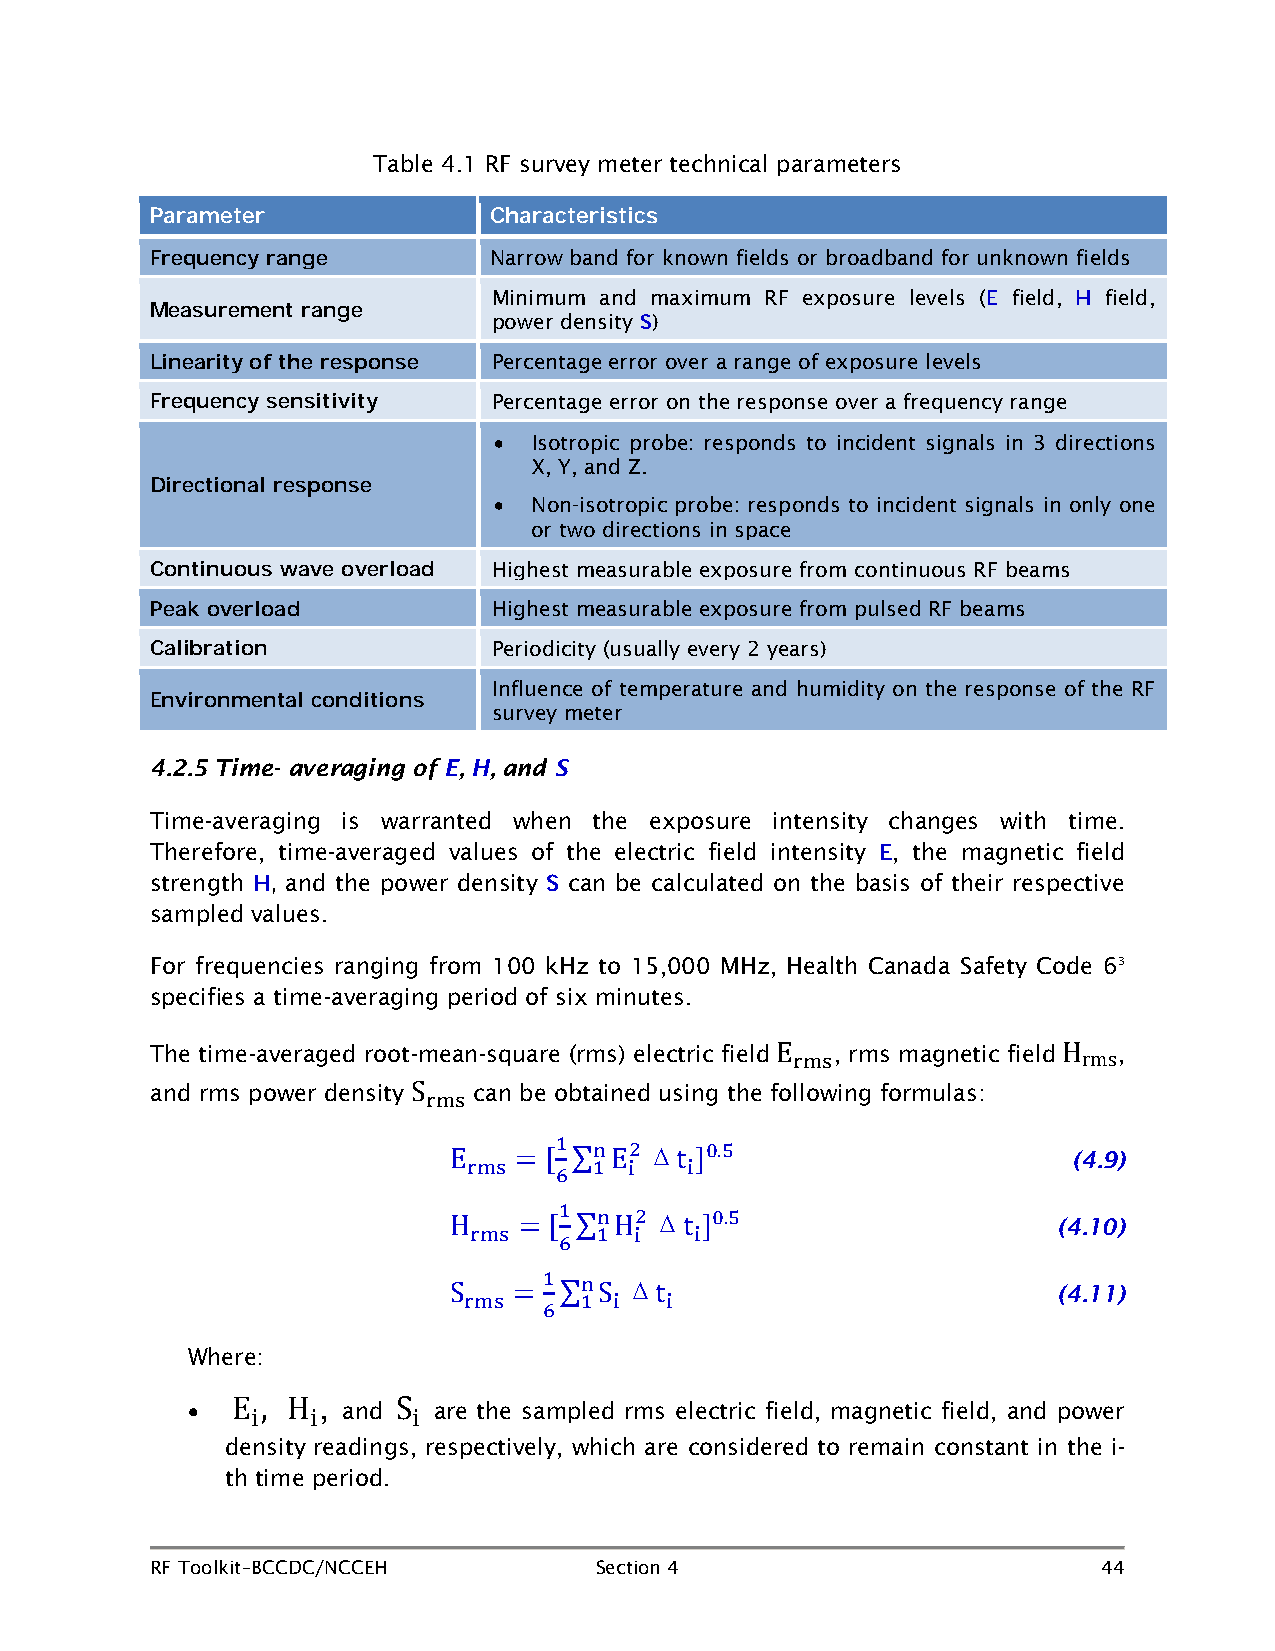
Table 4.1 RF survey meter technical parameters
 Parameter             Characteristics
 Narrow band for known fields or broadband for unknown fields
 Frequency range
 Minimum and maximum RF exposure levels ( field, field,
 E     H
 Measurement range      power density )
 S
 Percentage error over a range of exposure levels
 Linearity of the response
 Percentage error on the response over a frequency range
 Frequency sensitivity
 • Isotropic probe: responds to incident signals in 3 directions
 X, Y, and Z.
 Directional response
 • Non-isotropic probe: responds to incident signals in only one
 or two directions in space
 Highest measurable exposure from continuous RF beams
 Continuous wave overload
 Highest measurable exposure from pulsed RF beams
 Peak overload
 Periodicity (usually every 2 years)
 Calibration
 Influence of temperature and humidity on the response of the RF
 Environmental conditions survey meter
 4.2.5 Time- averaging of E, H, and S
 Time-averaging is warranted when the exposure intensity changes with time.
 Therefore, time-averaged values of the electric field intensity , the magnetic field
 E
 strength and the power density can be calculated on the basis of their respective
 H,                 S
 sampled values.
 For frequencies ranging from 100 kHz to 15,000 MHz, Health Canada Safety Code 63
 specifies a time-averaging period of six minutes.
 The time-averaged root-mean-square (rms) electric field , rms magnetic field ,
 and rms power density can be obtained using the following formulas:
 rms                rms
 E                  H
 Srms            Δ
 (4.9)
 1 n  2    0.5
 Erms = [6∑1Ei Δti ]                     (4.10)
 1 n  2    0.5
 Hrms = [6∑1HΔi ti ]                     (4.11)
 1
 n
 Where:
 Srms
 =
 6∑1Si  ti
 ,
 •          and   are the sampled rms electric field, magnetic field, and power
 density readings, respectively, which are considered to remain constant in the i-
 i   i     i
 tEh t,im He period. S
 RF Toolkit–BCCDC/NCCEH       Section 4                         44